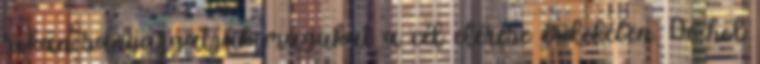
sokan sanyargatják magukat a cél elérése érdekében. De hol